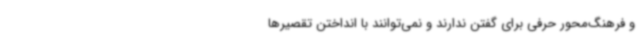
و فرهنگ‌محور حرفی برای گفتن ندارند و نمی‌توانند با انداختن تقصیرها